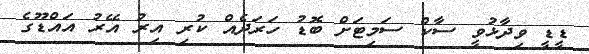
ޑީޑީ ވިދާޅުވީ ސާކް ސަމިޓަށް ބޮޑު ހަރަދެއް ކުރި އިރު އޭރު އައްޑޫގެ